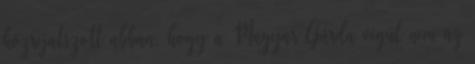
közrejátszott abban, hogy a Magyar Gárda végül nem az